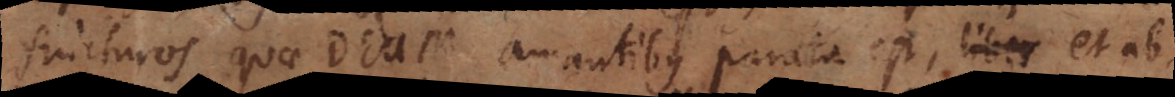
fruituros quae Deum amantibus parata est, et ab